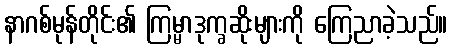
နာဂစ်မုန်တိုင်း၏ ကြမ္မာဒုက္ခဆိုးများကို ကြေညာခဲ့သည်။